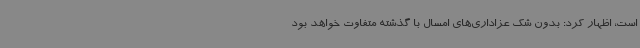
است، اظهار کرد: بدون شک عزاداری‌های امسال با گذشته متفاوت خواهد بود